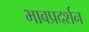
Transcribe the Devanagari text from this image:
भावप्रदर्शन